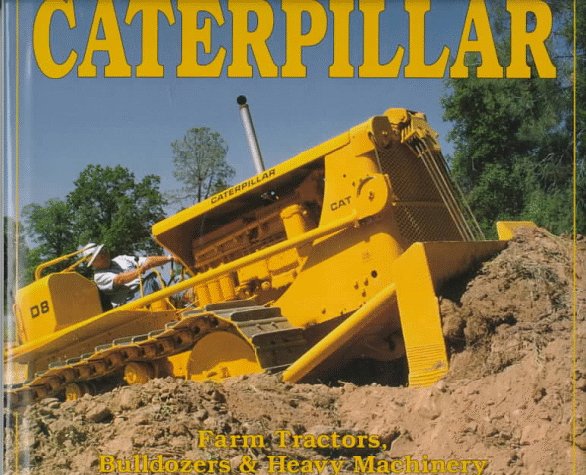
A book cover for Caterpillar: Farm Tractors, Bulldozers & Heavy Machinery; Randy Leffingwell; Engineering & Transportation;